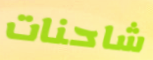
شاحنات